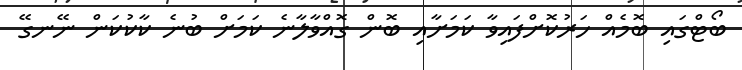
ބޯޓްގައި ބޮމެއް ހަރުކޮށްފައިވާ ކަމަށާއި ބޮން ގޮއްވާލާނެ ކަމަށް ބުނެ ކާކުކަން ނޭނގޭ